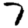
Digit: 7